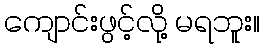
ကျောင်းဖွင့်လို့ မရဘူး။